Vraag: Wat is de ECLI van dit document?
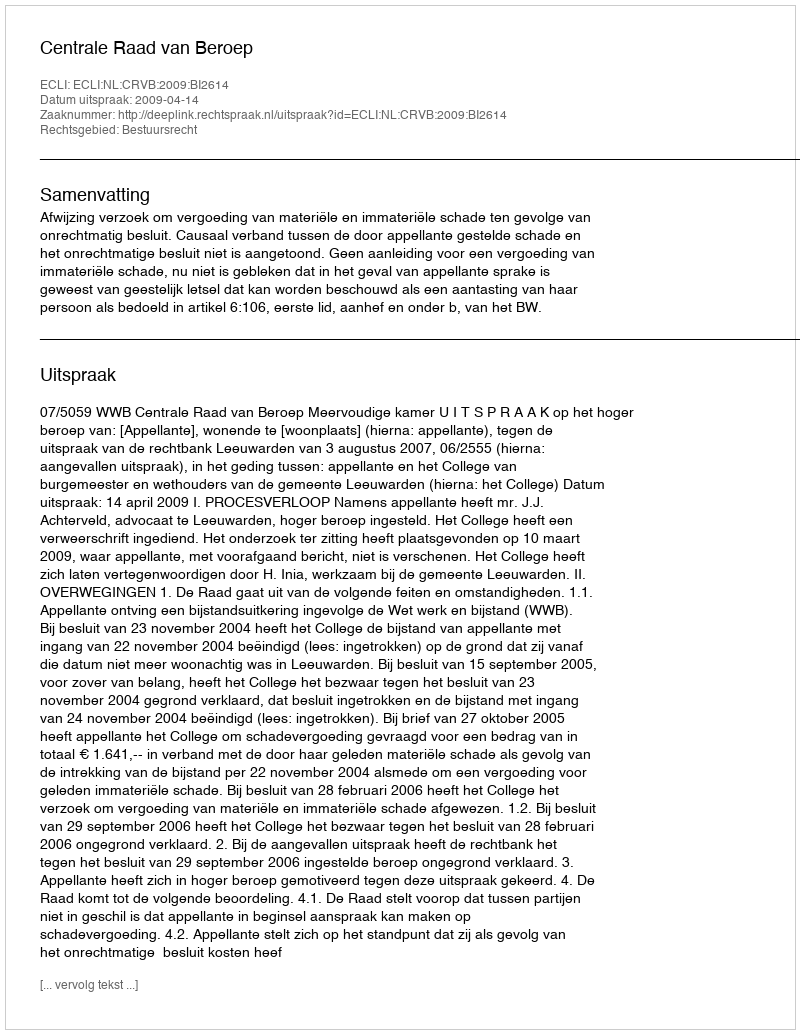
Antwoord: ECLI:NL:CRVB:2009:BI2614